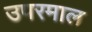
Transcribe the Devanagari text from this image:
उपरमाल